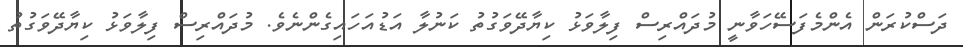
ދަސްކުރަން އެންމެފަސޭހަވާނީ މުދައްރިސް ފިލާވަޅު ކިޔާދޭވަގުތު ކަނުލާ އަޑުއަހައިގެންނެވެ. މުދައްރިސް ފިލާވަޅު ކިޔާދޭވަގުތު